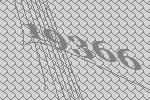
19366